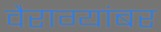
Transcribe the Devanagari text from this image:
वैराग्यांबर